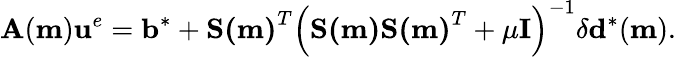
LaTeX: \mathbf{A}(\mathbf{m})\mathbf{u}^{e}=\mathbf{b}^{*}+\mathbf{S(m)}^{T}\left(\mathbf{S(m)}\mathbf{S(m)}^{T}+\mu\mathbf{I}\right)^{-1}\delta\mathbf{d}^{*}(\mathbf{m}).